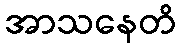
အာသနေတိ